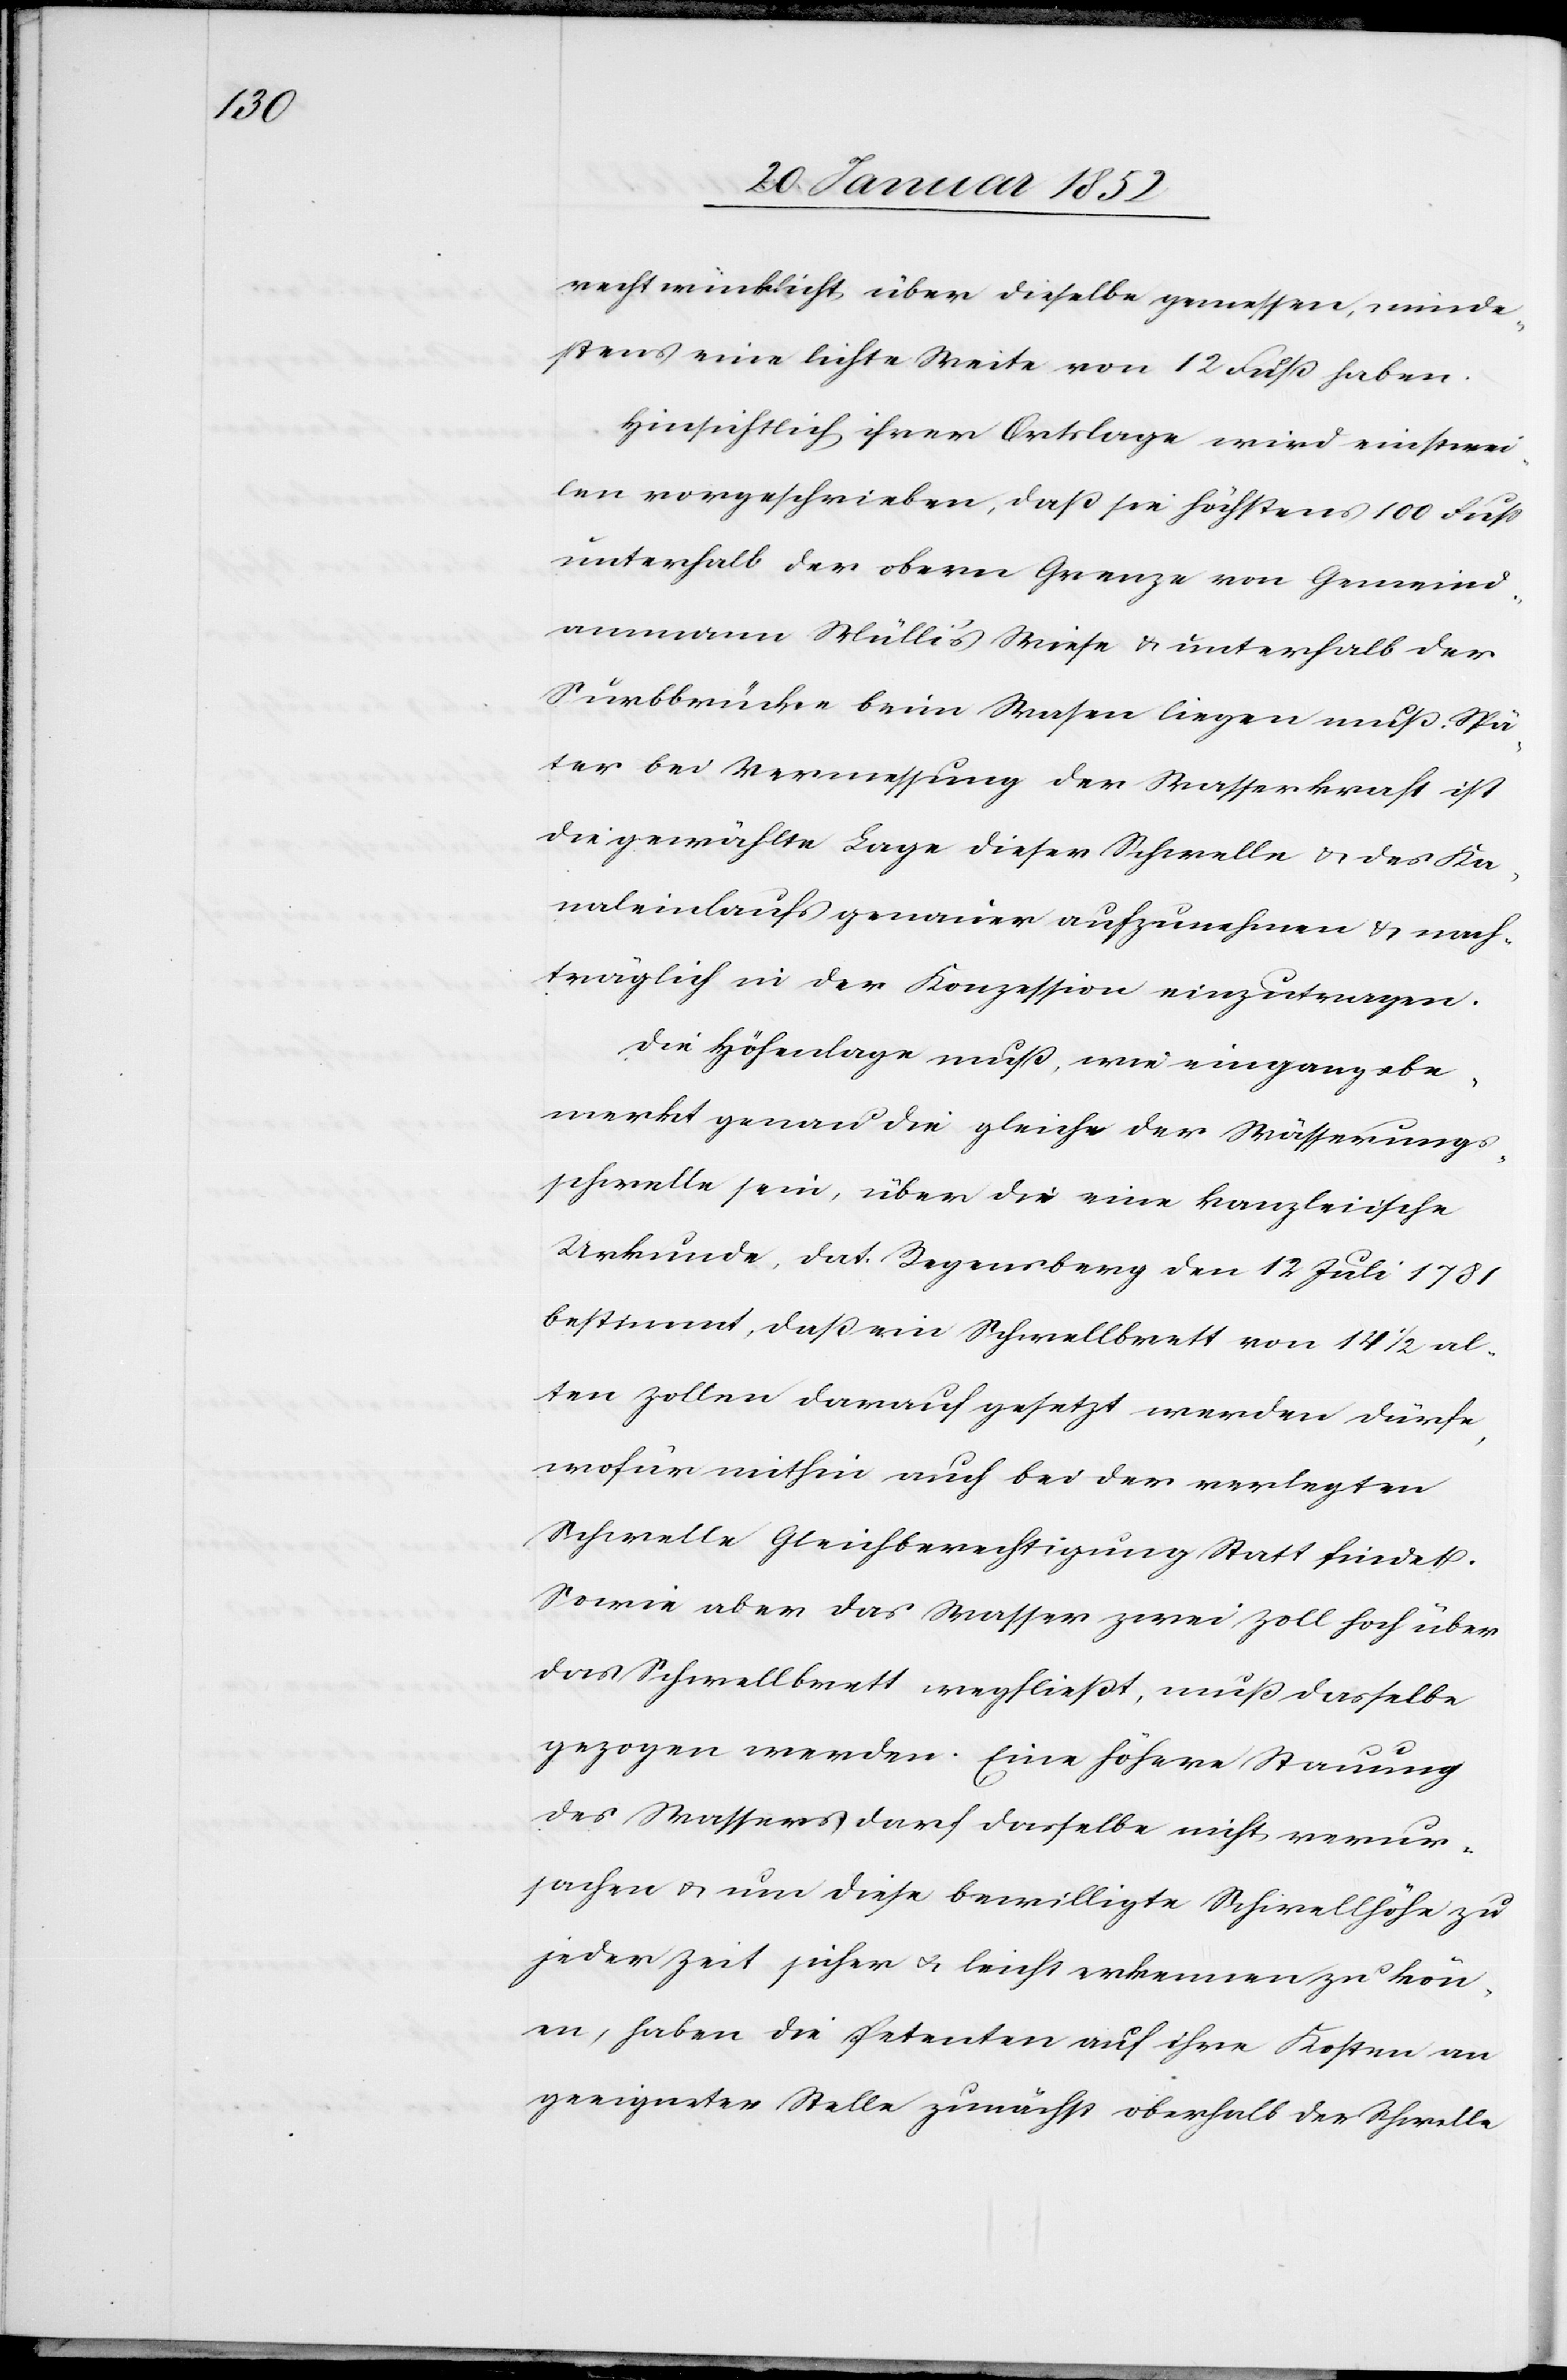
rechtwinklicht über dieselbe gemessen, minde¬
stens eine leichte Weite von 12 Fuß haben.
Hinsichtlich ihrer Ortslage wird einstwei¬
len vorgeschrieben, daß sie höchstens 100 Fuß
unterhalb der obern Grenze von Gemeind¬
ammann Mülli’s Wiese u. unterhalb der
Surbbrücke beim Wasen liegen muß. Spä¬
ter bei Vermessung der Wasserkraft ist
die gewählte Lage dieser Schwelle u. des Ka¬
naleinlaufs genauer aufzunehmen u. nach¬
träglich in der Konzession einzutragen.
Die Höhenlage muß, wie eingangs be¬
merkt genau die gleiche der Wässerungs¬
schwelle sein, über die eine kanzleiische
Urkunde, dat. Regensburg den 12 Juli 1781
bestimmt, daß ein Schwellbrett von 14 1/2 al¬
ten Zollen darnach gesetzt werden dürfe,
wofür mithin auch bei der verlegten
Schwelle Gleichberechtigung Statt findet.
Sowie aber das Wasser zwei Zoll hoch über
das Schwellbrett wegfließt, muß dasselbe
gezogen werden. Eine höhere Stauung
des Wassers darf dasselbe nicht verur¬
sachen u. um diese bewilligte Schwellhöhe zu
jeder Zeit sicher u. leicht erkennen zu könn¬
en, haben die Petenten auf ihre Kosten an
geeigneter Stelle zunächst oberhalb der Schwelle